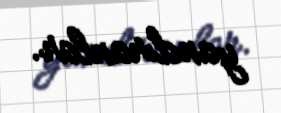
yandıranlar.